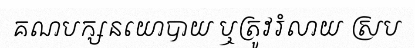
គណបក្សនយោបាយ ឬត្រូវរំលាយ ស្រប